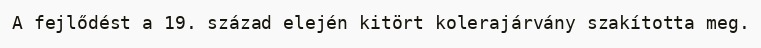
A fejlődést a 19. század elején kitört kolerajárvány szakította meg.